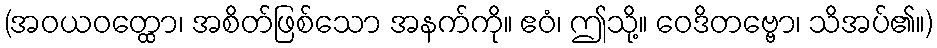
(အဝယဝတ္ထော၊ အစိတ်ဖြစ်သော အနက်ကို။ ဧဝံ၊ ဤသို့။ ဝေဒိတဗ္ဗော၊ သိအပ်၏။)